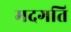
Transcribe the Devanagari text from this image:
मदगति